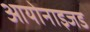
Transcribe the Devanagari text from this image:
आयोनाइजड